65_HS1-834228961_62-HQ-83894_Section_9
Agency: FBI
Page 179
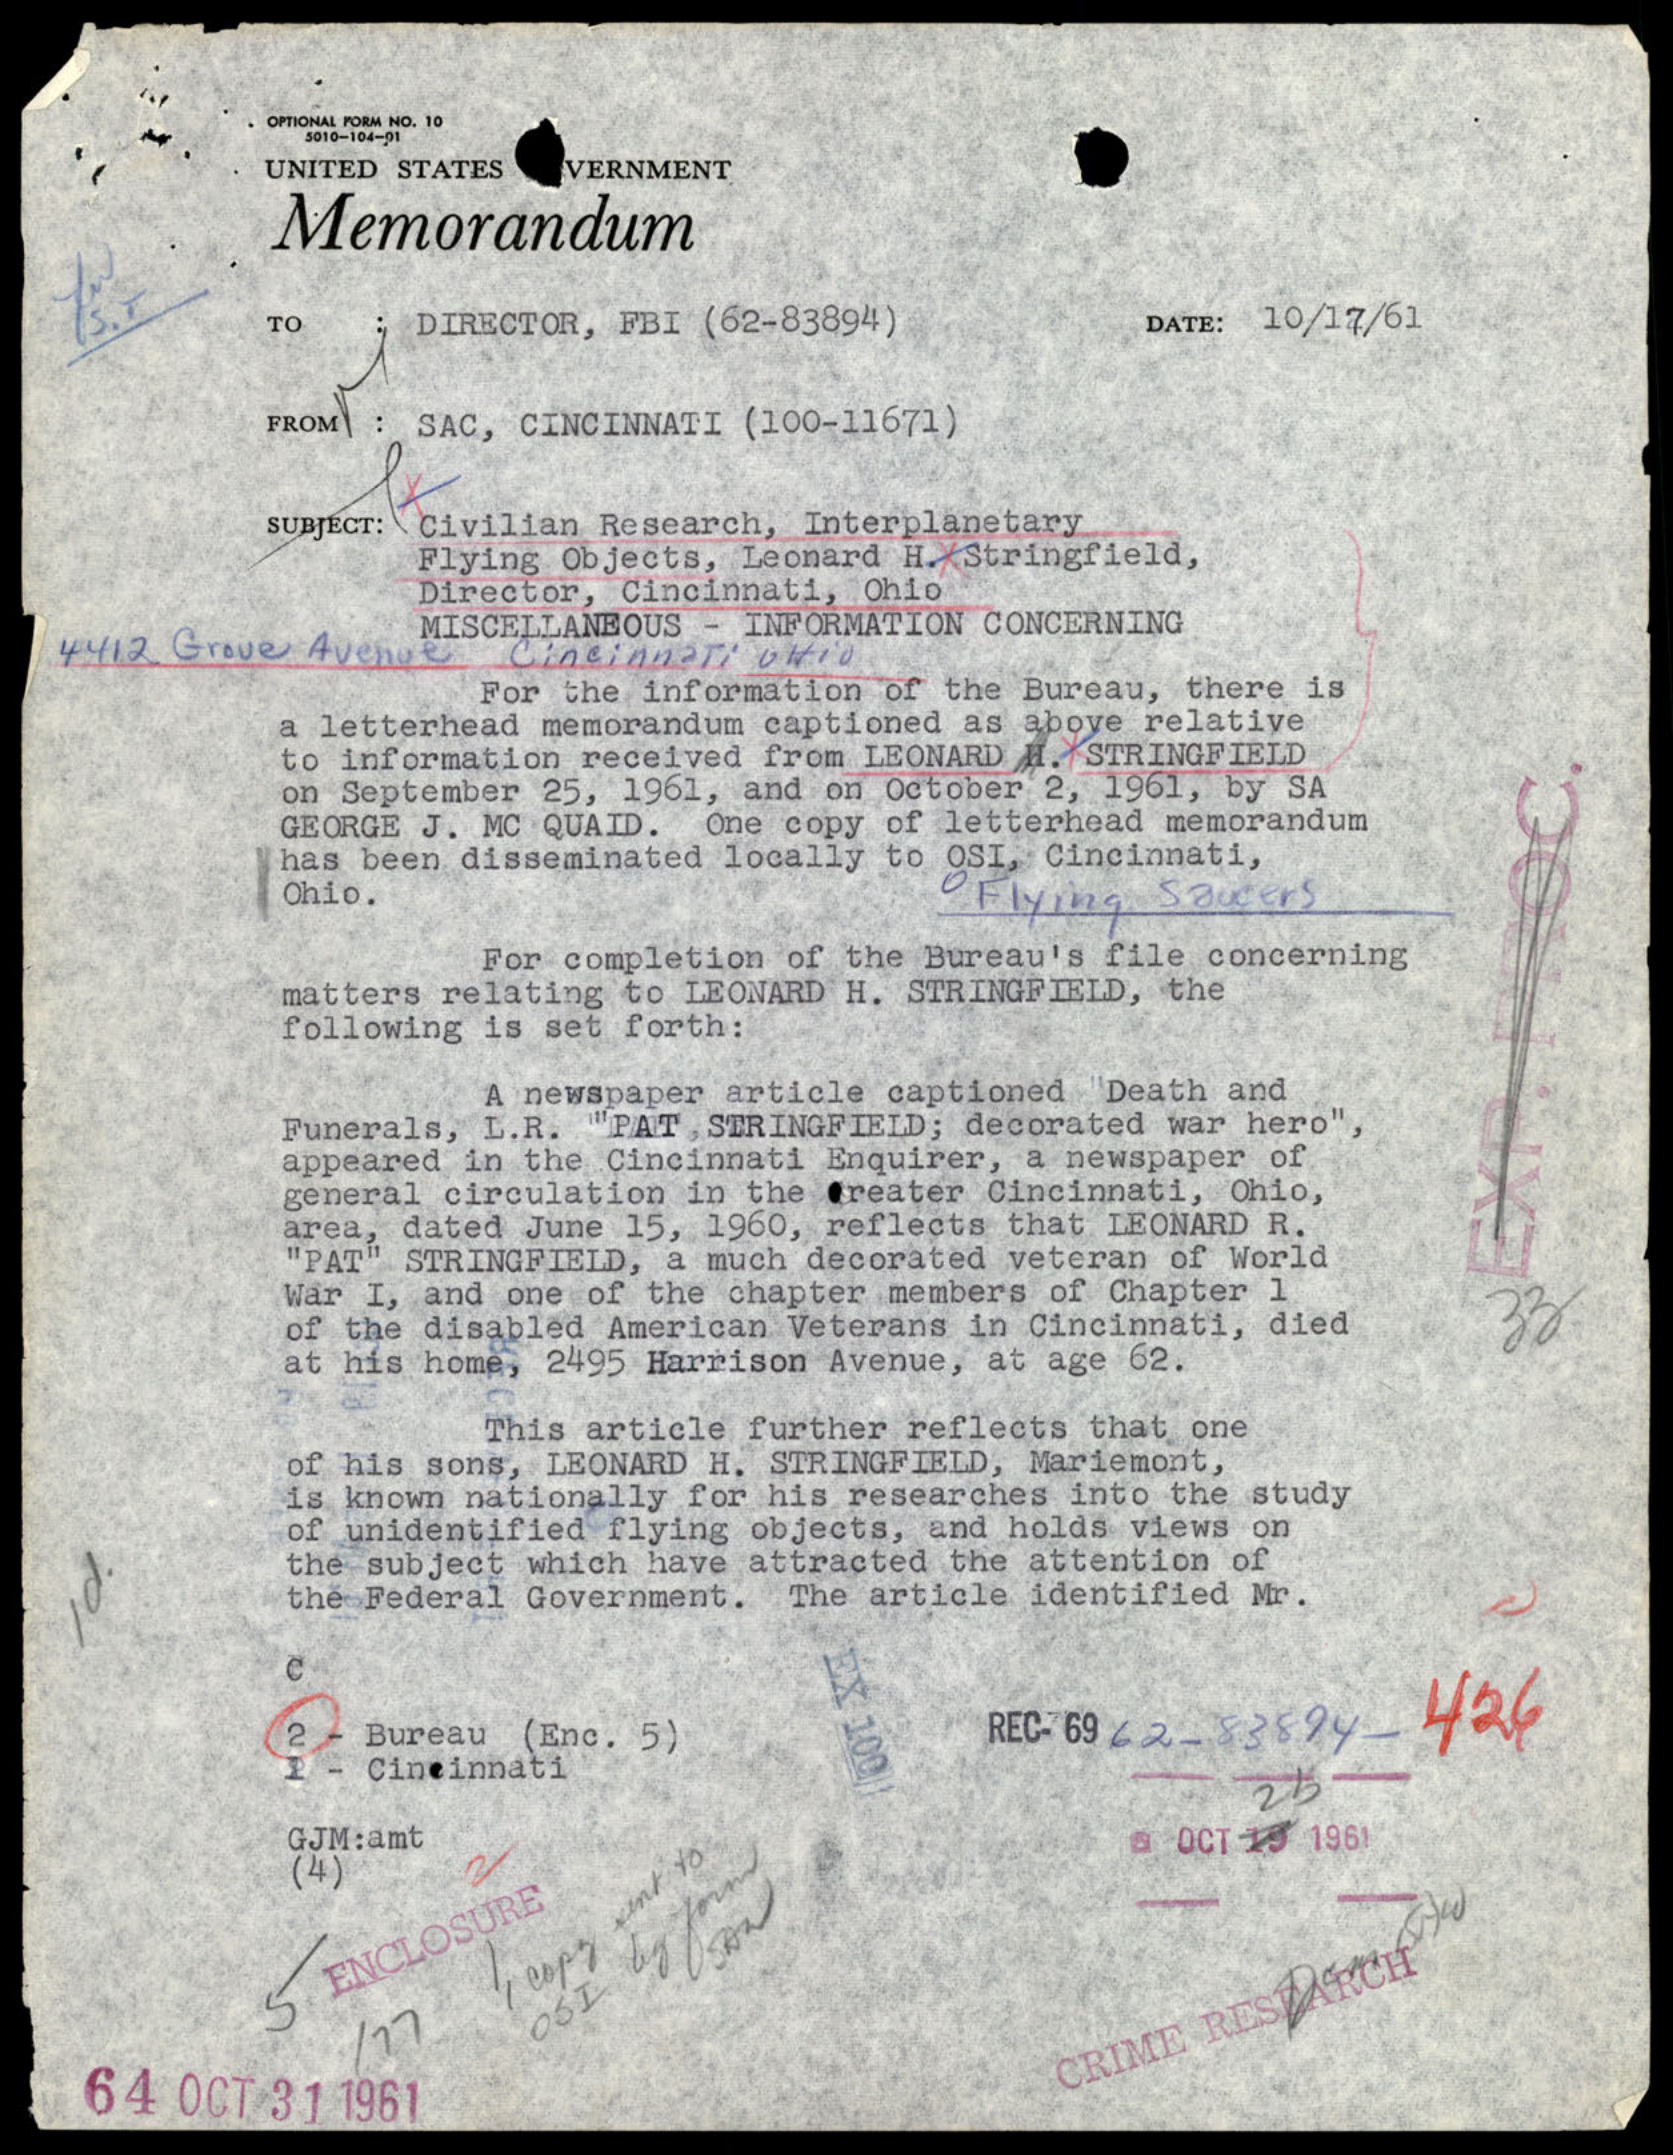